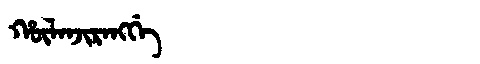
Manchu: ᡥᡡᠯᠠᠨᠵᡳᡵᠠᠩᡤᡝ
Romanization: HŪLANJIRANGGE